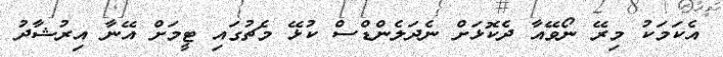
އެކަމަކު މިރޭ ނޯވޭއާ ދެކޮޅަށް ނެދަލެންޑްސް ކުޅޭ މެޗުގައި ޓީމަށް އޭނާ އިރުޝާދު